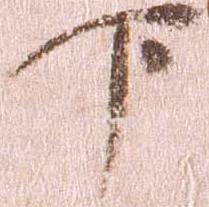
下